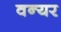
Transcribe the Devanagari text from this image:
वन्यर